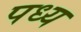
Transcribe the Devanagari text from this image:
पध्य